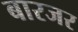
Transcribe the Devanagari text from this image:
बारजर